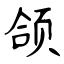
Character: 颌